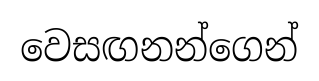
වෙසඟනන්ගෙන්